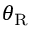
\theta _ { \textup R }